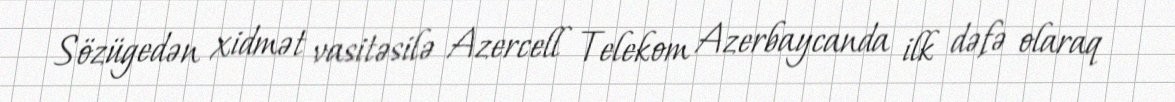
Sözügedən xidmət vasitəsilə Azercell Telekom Azerbaycanda ilk dəfə olaraq